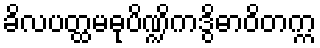
ခိလပတ္ထမဓုပိဏ္ဍိကဒွိဓာဝိတက္က